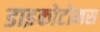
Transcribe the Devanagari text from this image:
डाइकोटोमस